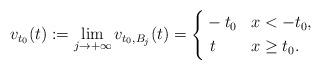
LaTeX: \begin{align*}v_{t_0}(t):=\lim_{j\to+\infty}v_{t_0,B_j}(t)=\left\{\begin{aligned}&-t_0 & & x<-t_0, \\&\ t & & x\ge t_0 .\end{aligned}\right.\end{align*}